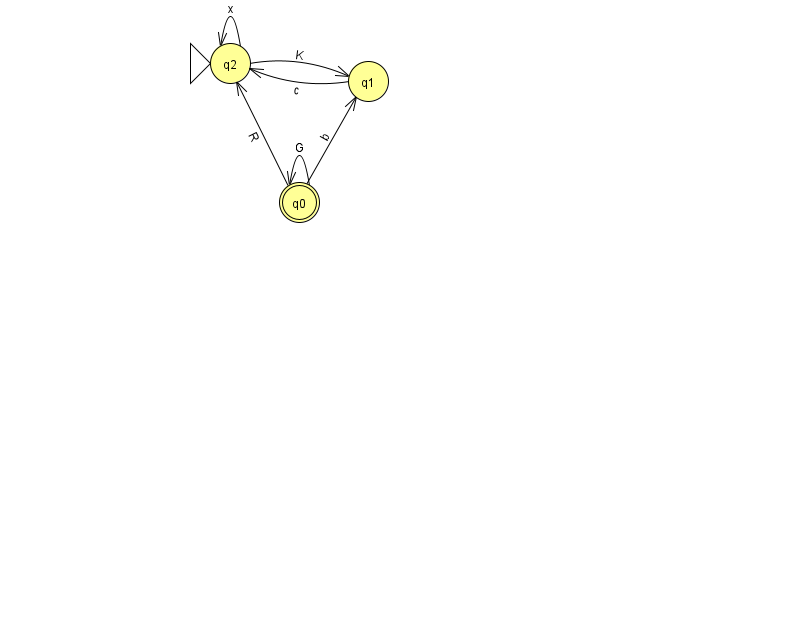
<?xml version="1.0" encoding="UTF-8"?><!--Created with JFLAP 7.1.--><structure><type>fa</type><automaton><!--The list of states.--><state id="0" name="q0"><x>299.0</x><y>189.0</y><final/></state><state id="1" name="q1"><x>368.0</x><y>68.0</y></state><state id="2" name="q2"><x>230.0</x><y>50.0</y><initial/></state><!--The list of transitions.--><transition><from>0</from><to>1</to><read>b</read></transition><transition><from>1</from><to>2</to><read>c</read></transition><transition><from>0</from><to>0</to><read>G</read></transition><transition><from>0</from><to>2</to><read>R</read></transition><transition><from>2</from><to>2</to><read>x</read></transition><transition><from>2</from><to>1</to><read>K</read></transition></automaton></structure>